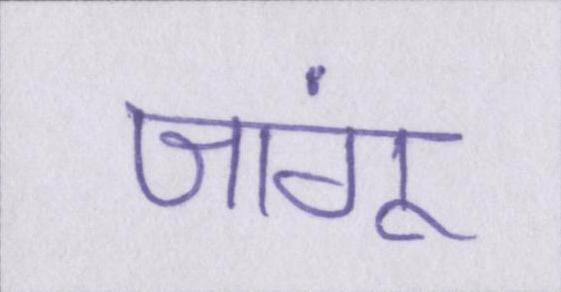
जांगू